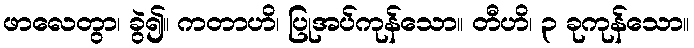
ဖာလေတွာ၊ ခွဲ၍။ ကတာဟိ၊ ပြုအပ်ကုန်သော။ တီဟိ၊ ၃ ခုကုန်သော။